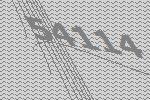
54114